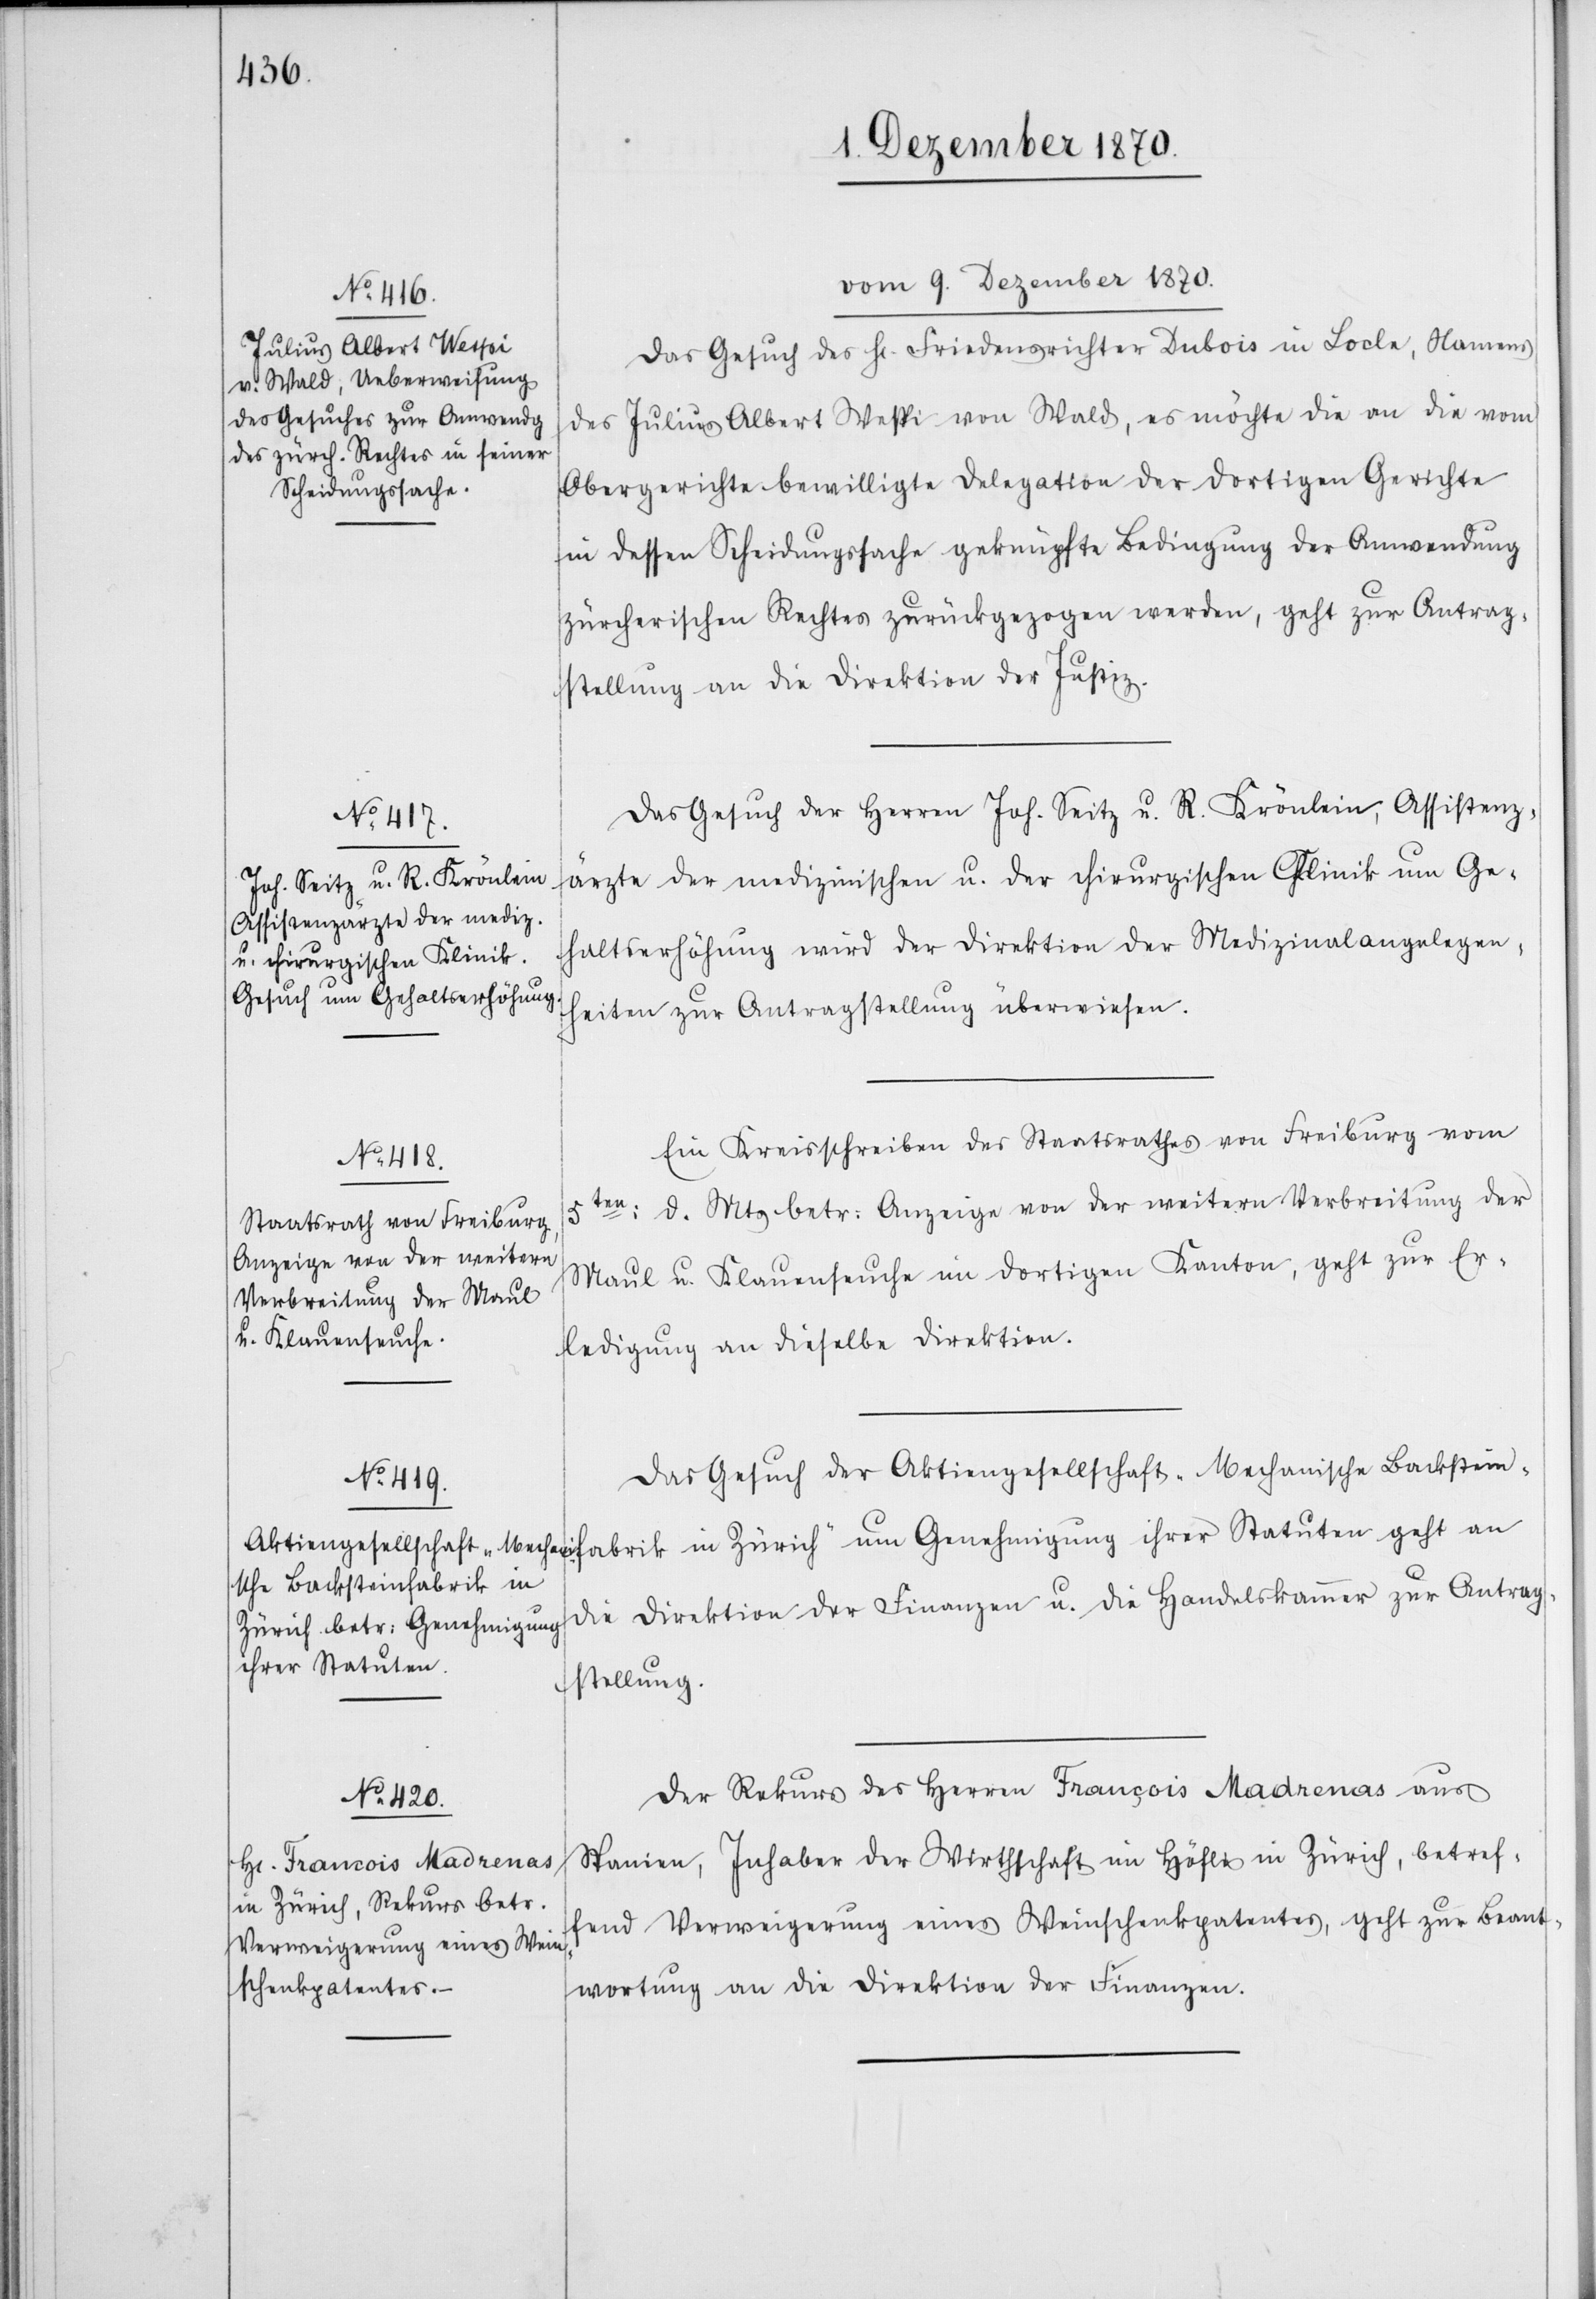
[vom 9. Dezember 1870.]
Das Gesuch des H[errn] Friedensrichter Dubois in Locle, Namens
des Julius Albert Wespi von Wald, es möchte die an die vom
Obergerichte bewilligte Delegation der dortigen Gerichte
in dessen Scheidungssache geknüpfte Bedingung der Anwendung
zürcherischen Rechtes zurückgezogen werden, geht zur Antrag¬
stellung an die Direktion der Justiz.
Das Gesuch der Herren Joh. Seitz u. R. Krönlein, Assistenz¬
ärzte der medizinischen u. der chirurgischen Klinik um Ge¬
haltserhöhung wird der Direktion der Medizinalangelegen¬
heiten zur Antragstellung überwiesen.
Ein Kreisschreiben des Staatsrathes von Freiburg vom
5ten: d. Mts betr: Anzeige von der weitern Verbreitung der
abrik
Maul u. Klauenseuche im dortigen Kanton, geht zur Er¬
ledigung an dieselbe Direktion
Das Gesuch der Aktiengesellschaft „Mechanische Backsteinf¬
die Direktion der Finanzen u. die Handelskammer zur Antrag¬
Zürich“ um Genehmigung
ihrer Statuten
stellung.
Der Rekurs des Herren François Madrenas aus
Spanien, Inhaber der Wirthschaft im Höfli in Zürich, betref¬
fend Verweigerung eines Weinschenkpatentes, geht zur Beant¬
wortung an die Direktion der Finanzen.